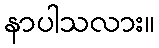
နာပါသလား။